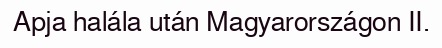
Apja halála után Magyarországon II.